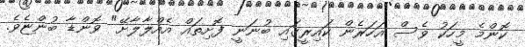
ކޮންމެ މީހަކު ވެސް އަހަރެން ކައިރީގައި ބުނަނީ ފޮށިތައް އެއްލާލާށޭ" ވޮންޑާ ބުންޏެވެ.